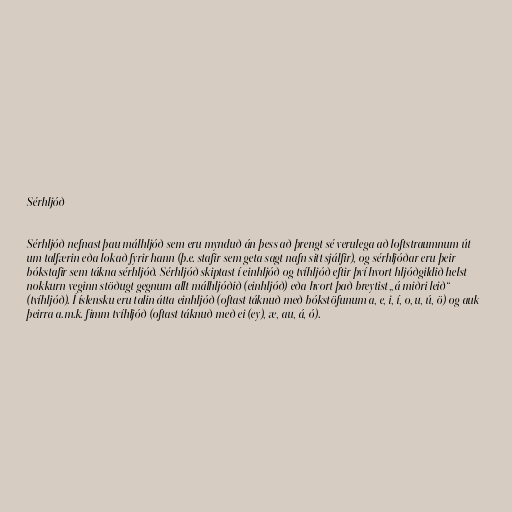
Sérhljóð

Sérhljóð nefnast þau málhljóð sem eru mynduð án þess að þrengt sé verulega að loftstraumnum út
um talfærin eða lokað fyrir hann (þ.e. stafir sem geta sagt nafn sitt sjálfir), og sérhljóðar eru þeir
bókstafir sem tákna sérhljóð. Sérhljóð skiptast í einhljóð og tvíhljóð eftir því hvort hljóðgildið helst
nokkurn veginn stöðugt gegnum allt málhljóðið (einhljóð) eða hvort það breytist „á miðri leið“
(tvíhljóð). Í íslensku eru talin átta einhljóð (oftast táknuð með bókstöfunum a, e, i, í, o, u, ú, ö) og auk
þeirra a.m.k. fimm tvíhljóð (oftast táknuð með ei (ey), æ, au, á, ó).